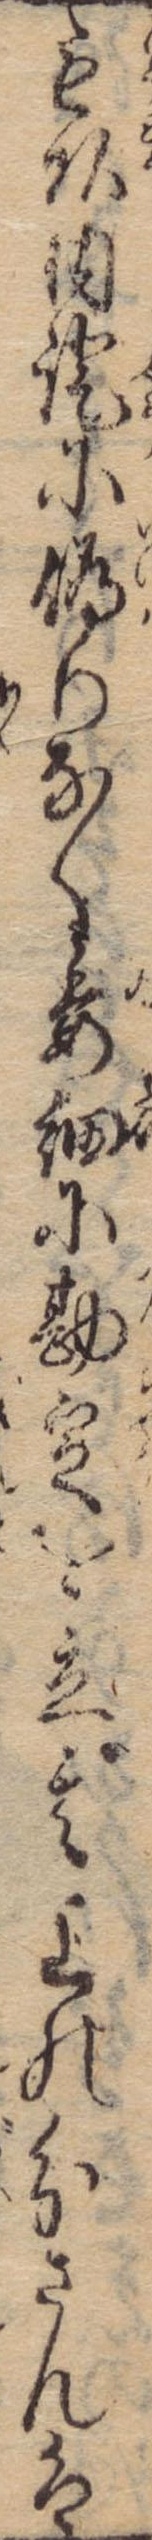
毛頭内証に偽りなく委細に勘定を立其上の分さんは